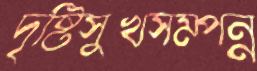
দৃষ্টিসুখসম্পন্ন